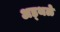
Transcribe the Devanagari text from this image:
अड्थळे